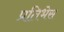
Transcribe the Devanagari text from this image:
प्रतिभेस